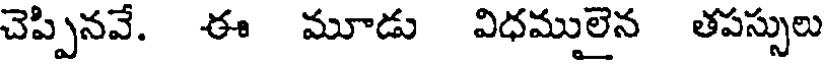
చెప్పినవే. ఈ మూడు విధములైన తపస్సులు